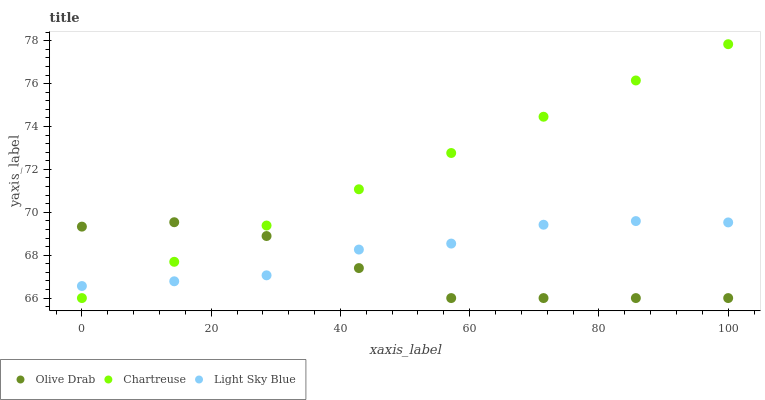
| xaxis_label | Olive Drab | Chartreuse | Light Sky Blue |
 | --- | --- | --- | --- |
 | 0 | 69.3 | 66 | 66.6 |
 | 14.3 | 69.5 | 67.7 | 66.8 |
 | 28.6 | 68.9 | 69.4 | 67.1 |
 | 42.9 | 67.4 | 71.1 | 68.3 |
 | 57.1 | 66 | 72.8 | 68.5 |
 | 71.4 | 66 | 74.5 | 69.4 |
 | 85.7 | 66 | 76.1 | 69.6 |
 | 100 | 66 | 77.8 | 69.5 |